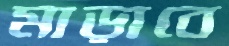
মাড়াবে